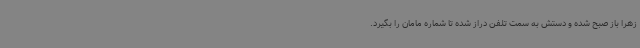
زهرا باز صبح شده و دستش به سمت تلفن دراز شده تا شماره مامان را بگیرد.